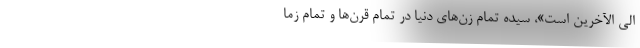
الی الآخرین است»، سیده تمام زن‌های دنیا در تمام قرن‌ها و تمام زما